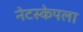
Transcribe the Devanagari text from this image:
नेटस्केपला